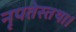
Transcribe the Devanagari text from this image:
नृपतेस्तथा।